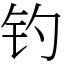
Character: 钓